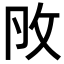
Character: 𢻮